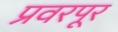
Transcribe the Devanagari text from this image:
प्रवरपूर